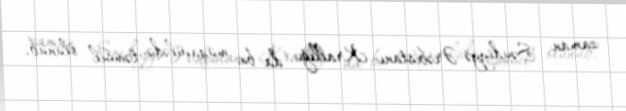
zaman Səudiyyə Ərəbistanı Krallığı da bu müqavilədə təmsil olunub.